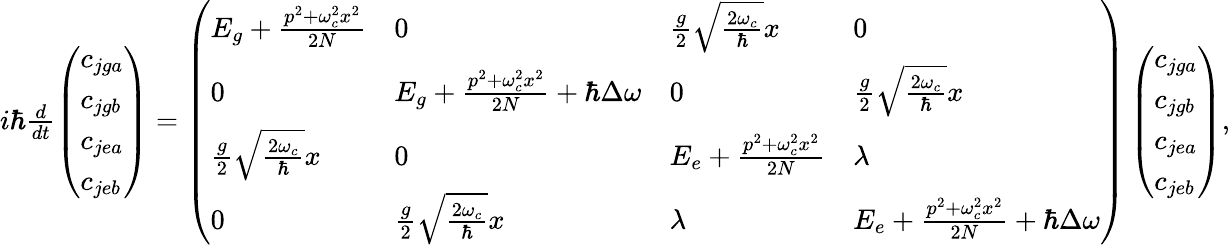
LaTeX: \begin{array}{r}{i\hbar\frac{d}{dt}\left(\begin{array}{l}{c_{jga}}\\ {c_{jgb}}\\ {c_{jea}}\\ {c_{jeb}}\end{array}\right)=\left(\begin{array}{llll}{E_{g}+\frac{p^{2}+\omega_{c}^{2}x^{2}}{2N}}&{0}&{\frac{g}{2}\sqrt{\frac{2\omega_{c}}{\hbar}}x}&{0}\\ {0}&{E_{g}+\frac{p^{2}+\omega_{c}^{2}x^{2}}{2N}+\hbar\Delta\omega}&{0}&{\frac{g}{2}\sqrt{\frac{2\omega_{c}}{\hbar}}x}\\ {\frac{g}{2}\sqrt{\frac{2\omega_{c}}{\hbar}}x}&{0}&{E_{e}+\frac{p^{2}+\omega_{c}^{2}x^{2}}{2N}}&{\lambda}\\ {0}&{\frac{g}{2}\sqrt{\frac{2\omega_{c}}{\hbar}}x}&{\lambda}&{E_{e}+\frac{p^{2}+\omega_{c}^{2}x^{2}}{2N}+\hbar\Delta\omega}\end{array}\right)\left(\begin{array}{l}{c_{jga}}\\ {c_{jgb}}\\ {c_{jea}}\\ {c_{jeb}}\end{array}\right),}\end{array}